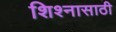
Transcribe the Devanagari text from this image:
शिश्नासाठी